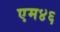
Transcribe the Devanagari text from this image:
एम४६